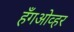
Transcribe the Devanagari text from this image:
हँगओव्हर